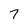
Character: 7